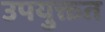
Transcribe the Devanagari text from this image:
उपयुक्तत